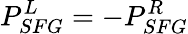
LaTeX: P_{SFG}^{L}=-P_{SFG}^{R}